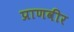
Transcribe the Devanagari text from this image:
प्राणवीर